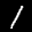
Label: 1